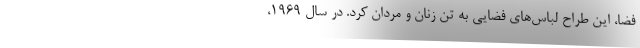
فضا، این طراح لباس‌های فضایی به تن زنان و مردان کرد. در سال ۱۹۶۹،